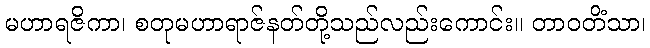
မဟာရဇိကာ၊ စတုမဟာရာဇ်နတ်တို့သည်လည်းကောင်း။ တာဝတိံသာ၊